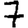
Digit: 7